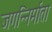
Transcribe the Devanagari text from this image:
जगन्निर्माता